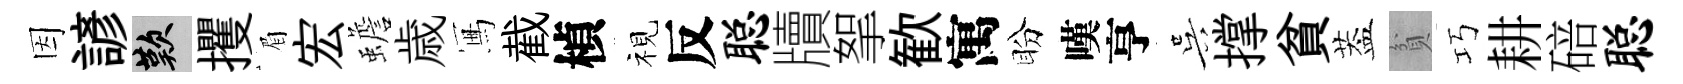
因諺嘆攫眉宏蟾歳冩截楨视反聪牘挐歓寓盼嘆亨吴撑貧葢貧巧耕碚聪